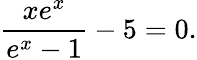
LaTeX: {\frac{xe^{x}}{e^{x}-1}}-5=0.